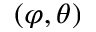
( \varphi , \theta )